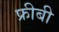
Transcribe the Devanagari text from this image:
फ्रीबी